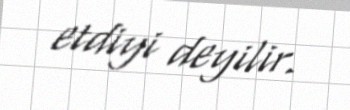
etdiyi deyilir.